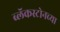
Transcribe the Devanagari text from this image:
ब्लॅकस्टोनच्या